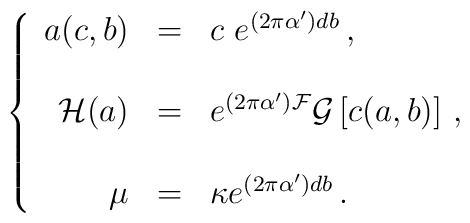
\left\{  \begin{array}{rcl}a(c,b) & = & c\  e^{(2\pi\alpha^{\prime})db}\, ,\\& & \\{\cal H}(a) & = & e^{(2\pi\alpha^{\prime}){\cal F}}{\cal G}\left[c(a,b)\right]\, ,\\& & \\\mu & = & \kappa e^{(2\pi\alpha^{\prime})db}\, .\\\end{array}\right.